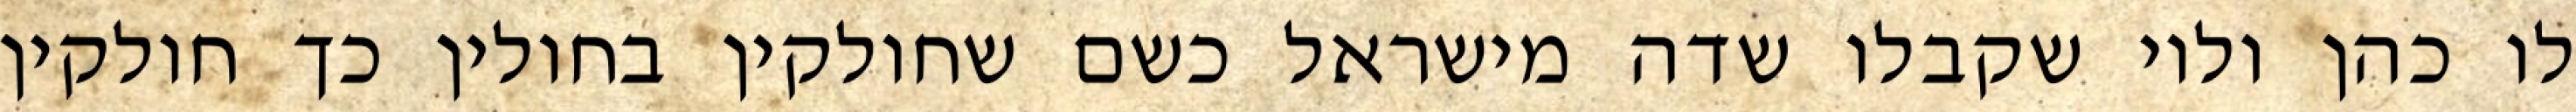
לו כהן ולוי שקבלו שדה מישראל כשם שחולקין בחולין כך חולקין